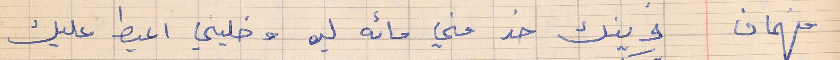
فهمان     وينك خد مني مائه ليره وخليني اعيط عليك